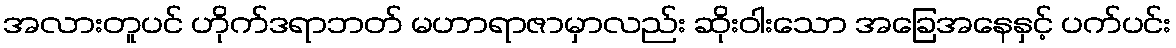
အလားတူပင် ဟိုက်ဒရာဘတ် မဟာရာဇာမှာလည်း ဆိုးဝါးသော အခြေအနေနှင့် ပက်ပင်း